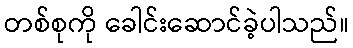
တစ်စုကို ခေါင်းဆောင်ခဲ့ပါသည်။